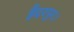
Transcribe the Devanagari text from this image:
हैदरपुर।